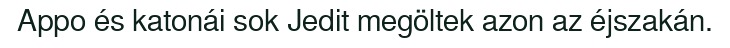
Appo és katonái sok Jedit megöltek azon az éjszakán.